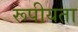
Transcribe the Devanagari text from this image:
रूपीयता